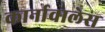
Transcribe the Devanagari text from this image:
कार्नावालेस